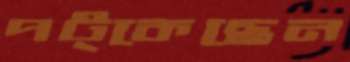
পট্‌কেছেন